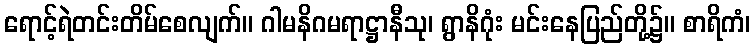
ရောင့်ရဲတင်းတိမ်စေလျက်။ ဂါမနိဂမရာဋ္ဌာနီသု၊ ရွာနိဂုံး မင်းနေပြည်တို့၌။ စာရိကံ၊